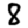
Digit: 8